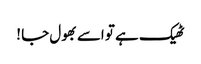
ٹھیک ہے تو اسے بھول جا !